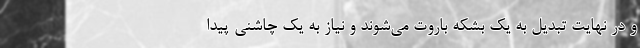
و در نهایت تبدیل به یک بشکه باروت می‌شوند و نیاز به یک چاشنی پیدا